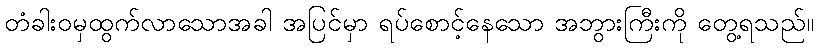
တံခါးဝမှထွက်လာသောအခါ အပြင်မှာ ရပ်စောင့်နေသော အဘွားကြီးကို တွေ့ရသည်။